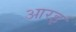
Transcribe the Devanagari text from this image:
आरइ